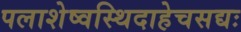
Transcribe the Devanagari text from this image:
पलाशेष्वस्थिदाहेचसद्यः